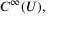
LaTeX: C ^ { \infty } ( U ) ,